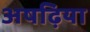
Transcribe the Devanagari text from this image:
अषढ़िया